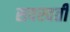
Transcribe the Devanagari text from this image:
सवस्वती